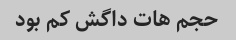
حجم هات داگش کم بود